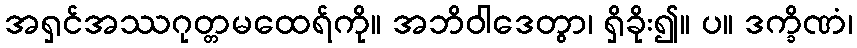
အရှင်အဿဂုတ္တမထေရ်ကို။ အဘိဝါဒေတွာ၊ ရှိခိုး၍။ ပ။ ဒက္ခိဏံ၊